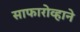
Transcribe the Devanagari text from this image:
साफारोव्हाने